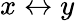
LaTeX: x\leftrightarrow y